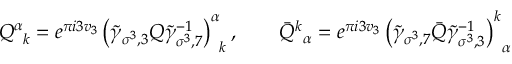
Q _ { \; \; k } ^ { \alpha } = e ^ { \pi i 3 v _ { 3 } } \left( \widetilde { \gamma } _ { \sigma ^ { 3 } , 3 } Q \widetilde { \gamma } _ { \sigma ^ { 3 } , 7 } ^ { - 1 } \right) _ { \; \; k } ^ { \alpha } , \quad \quad \bar { Q } _ { \; \; \alpha } ^ { k } = e ^ { \pi i 3 v _ { 3 } } \left( \widetilde { \gamma } _ { \sigma ^ { 3 } , 7 } \bar { Q } \widetilde { \gamma } _ { \sigma ^ { 3 } , 3 } ^ { - 1 } \right) _ { \; \; \alpha } ^ { k }